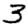
Digit: 3